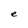
Character: e